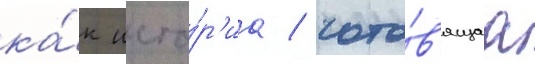
ка́к исто́р'иа / гото́в'ящаа